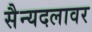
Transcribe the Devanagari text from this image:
सैन्यदलावर